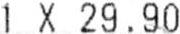
1 X 29.90